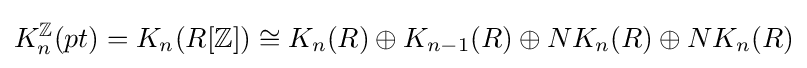
K_{n}^{\mathbb {Z} }(pt)=K_{n}(R[\mathbb {Z} ])\cong K_{n}(R)\oplus K_{n-1}(R)\oplus NK_{n}(R)\oplus NK_{n}(R)